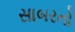
સાબરનો